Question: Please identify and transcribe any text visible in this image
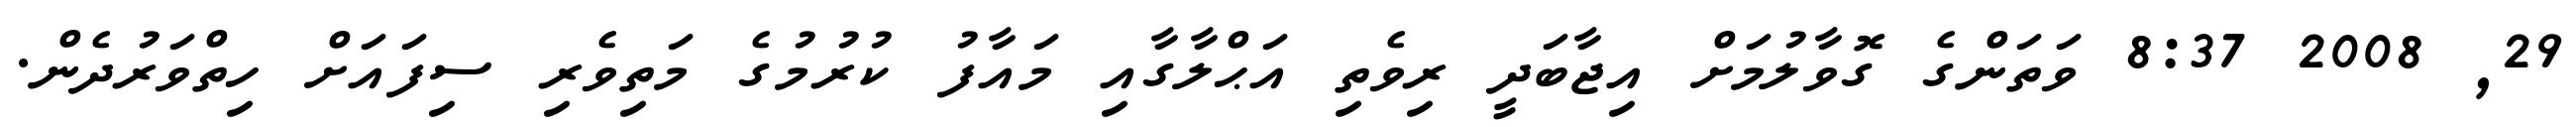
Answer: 29, 2008 8:37 ވަތަންގެ ގޮވާލުމަށް އިޖާބަދީ ރިވެތި އަޙްލާގާއި މައާފު ކުރުމުގެ މަތިވެރި ސިފައަށް ހިތްވަރުދެން.